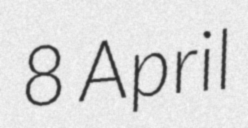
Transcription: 8 April